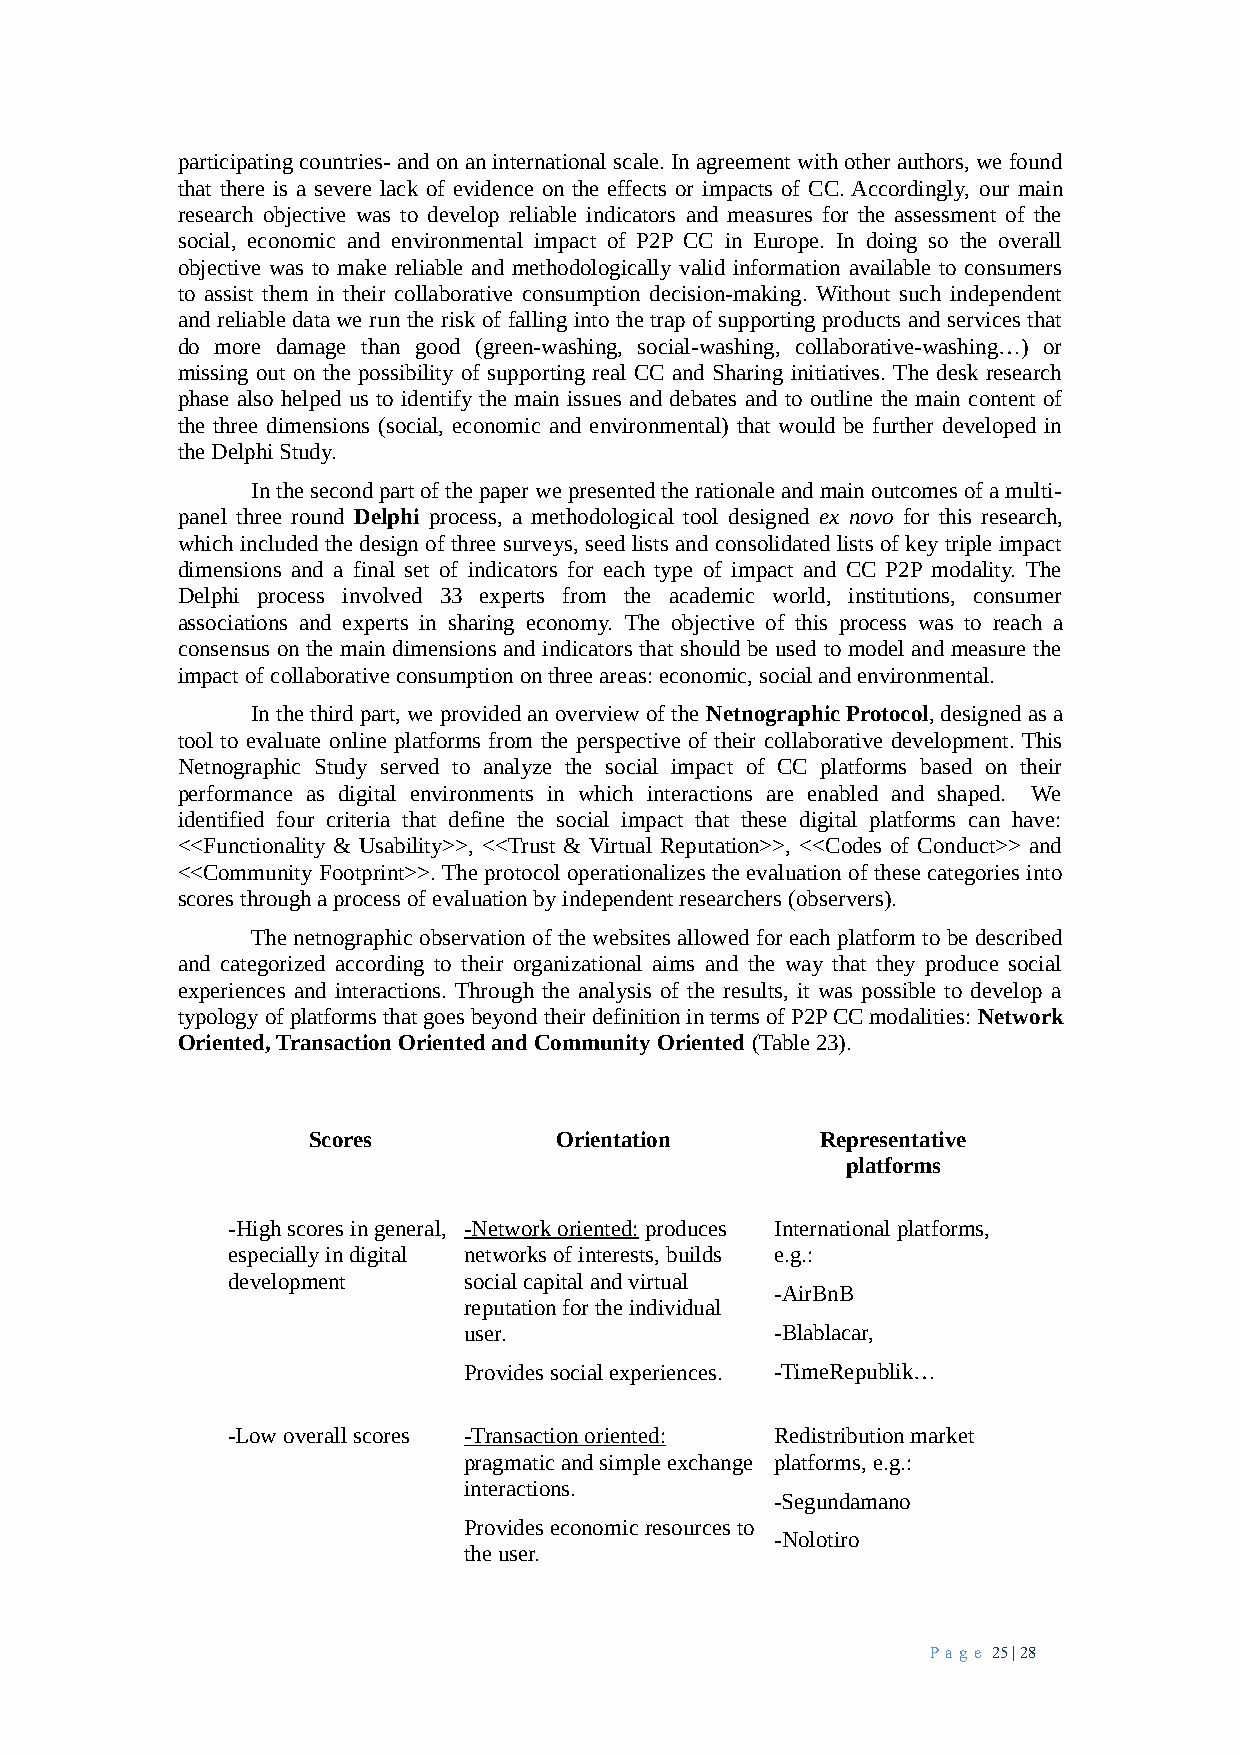
participating countries- and on an international scale. In agreement with other authors, we found
 that there is a severe lack of evidence on the effects or impacts of CC. Accordingly, our main
 research objective was to develop reliable indicators and measures for the assessment of the
 social, economic and environmental impact of P2P CC in Europe. In doing so the overall
 objective was to make reliable and methodologically valid information available to consumers
 to assist them in their collaborative consumption decision-making. Without such independent
 and reliable data we run the risk of falling into the trap of supporting products and services that
 do more damage than good (green-washing, social-washing, collaborative-washing…) or
 missing out on the possibility of supporting real CC and Sharing initiatives. The desk research
 phase also helped us to identify the main issues and debates and to outline the main content of
 the three dimensions (social, economic and environmental) that would be further developed in
 the Delphi Study.
 In the second part of the paper we presented the rationale and main outcomes of a multi-
 panel three round Delphi process, a methodological tool designed ex novo for this research,
 which included the design of three surveys, seed lists and consolidated lists of key triple impact
 dimensions and a final set of indicators for each type of impact and CC P2P modality. The
 Delphi process involved 33 experts from the academic world, institutions, consumer
 associations and experts in sharing economy. The objective of this process was to reach a
 consensus on the main dimensions and indicators that should be used to model and measure the
 impact of collaborative consumption on three areas: economic, social and environmental.
 In the third part, we provided an overview of the Netnographic Protocol, designed as a
 tool to evaluate online platforms from the perspective of their collaborative development. This
 Netnographic Study served to analyze the social impact of CC platforms based on their
 performance as digital environments in which interactions are enabled and shaped. We
 identified four criteria that define the social impact that these digital platforms can have:
 <<Functionality & Usability>>, <<Trust & Virtual Reputation>>, <<Codes of Conduct>> and
 <<Community Footprint>>. The protocol operationalizes the evaluation of these categories into
 scores through a process of evaluation by independent researchers (observers).
 The netnographic observation of the websites allowed for each platform to be described
 and categorized according to their organizational aims and the way that they produce social
 experiences and interactions. Through the analysis of the results, it was possible to develop a
 typology of platforms that goes beyond their definition in terms of P2P CC modalities: Network
 Oriented, Transaction Oriented and Community Oriented (Table 23).
 Scores           Orientation      Representative
 platforms
 -High scores in general, -Network oriented: produces International platforms,
 especially in digital networks of interests, builds e.g.:
 development     social capital and virtual
 -AirBnB
 reputation for the individual
 user.               -Blablacar,
 Provides social experiences. -TimeRepublik…
 -Low overall scores -Transaction oriented: Redistribution market
 pragmatic and simple exchange platforms, e.g.:
 interactions.
 -Segundamano
 Provides economic resources to
 -Nolotiro
 the user.
 Pa ge 25 | 28